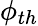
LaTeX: \phi_{th}